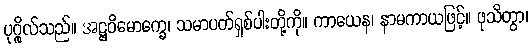
ပုဂ္ဂိုလ်သည်။ အဋ္ဌဝိမောက္ခေ၊ သမာပတ်ရှစ်ပါးတို့ကို။ ကာယေန၊ နာမကာယဖြင့်။ ဖုသိတွာ၊